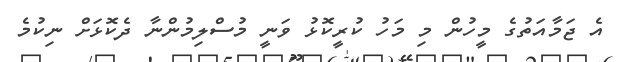
އެ ޖަމާއަތުގެ މީހުން މި މަހު ކުރީކޮޅު ވަނީ މުސްލިމުންނާ ދެކޮޅަށް ނިކުމެ